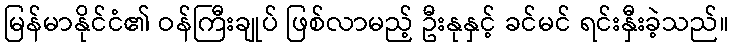
မြန်မာနိုင်ငံ၏ ဝန်ကြီးချုပ် ဖြစ်လာမည့် ဦးနုနှင့် ခင်မင် ရင်းနှီးခဲ့သည်။